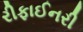
રીફાઈનરી